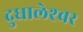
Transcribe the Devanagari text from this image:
दुधालेश्‍वर